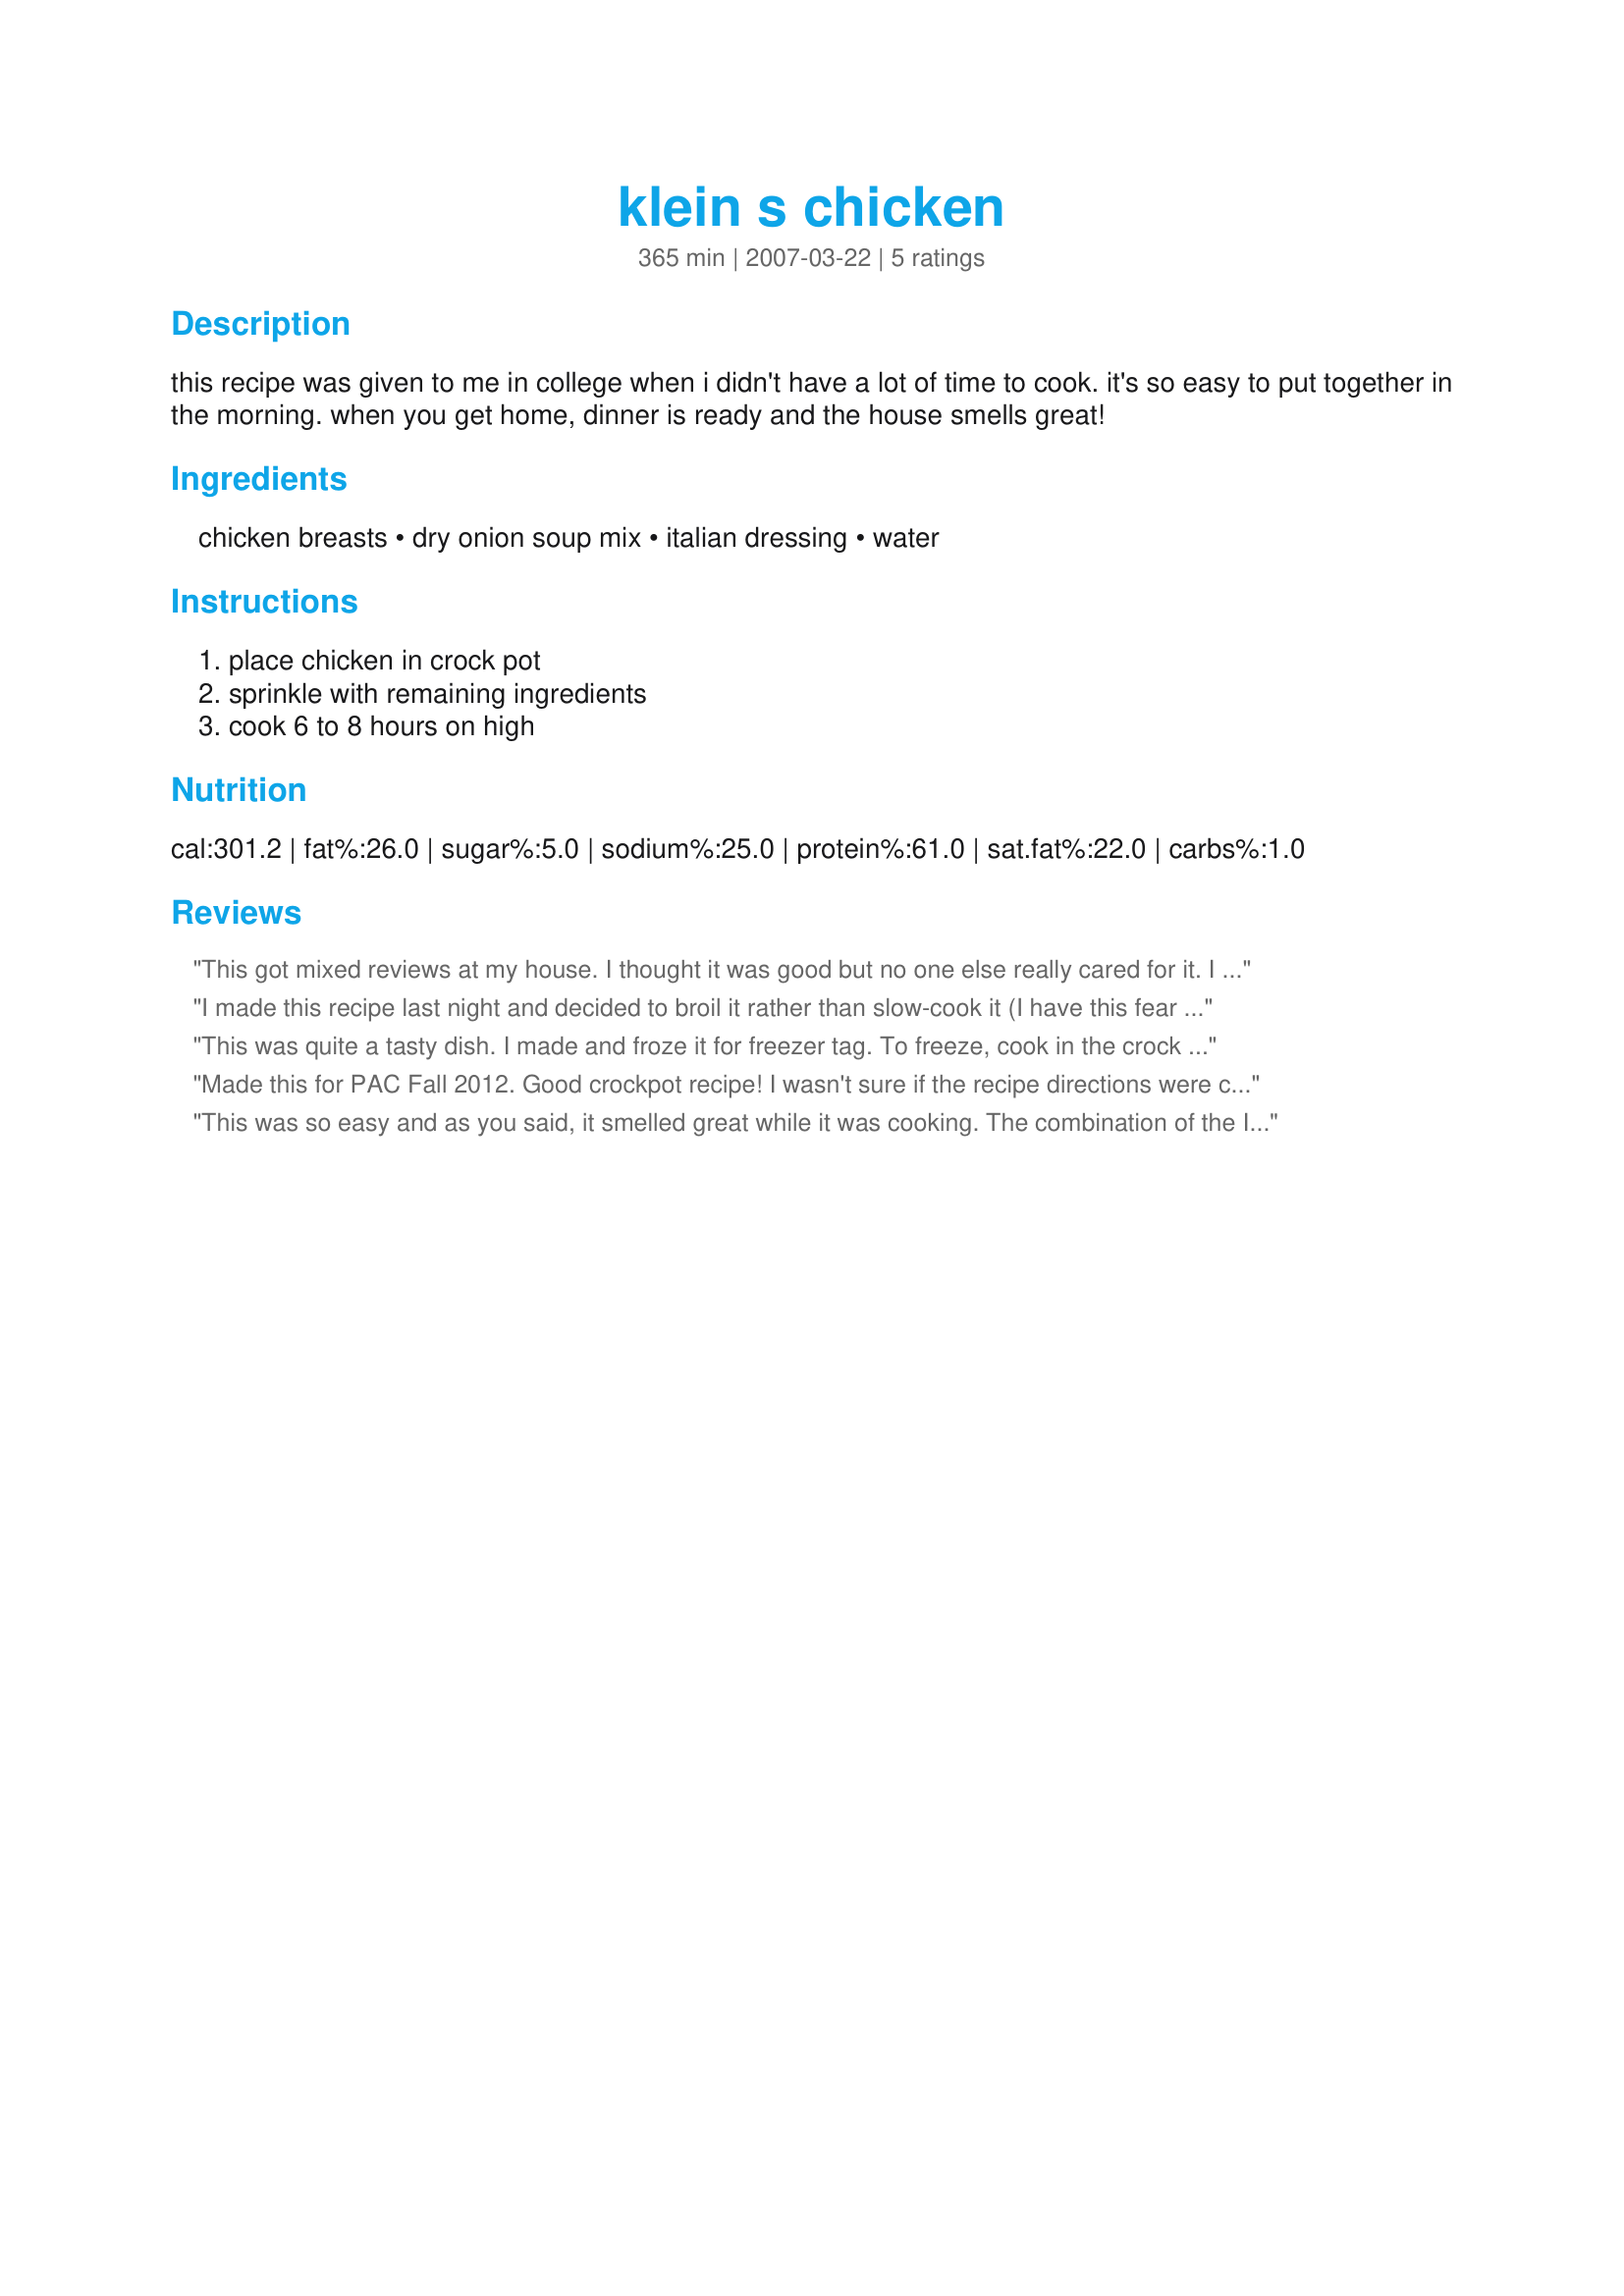
klein s chicken
Preparation time: 365 minutes

this recipe was given to me in college when i didn't have a lot of time to cook. it's so easy to put together in the morning. when you get home, dinner is ready and the house smells great!

Ingredients:
chicken breasts, dry onion soup mix, italian dressing, water

Steps:
place chicken in crock pot, sprinkle with remaining ingredients, cook 6 to 8 hours on high

Reviews:
This got mixed reviews at my house. I thought it was good but no one else really cared for it. I followed the recipe other then I used legs and thighs and I cooked mine on low for four hours. Hubby didn't think it had much of a taste to it. I did think it tasted better in a casserole the next day.
I made this recipe last night and decided to broil it rather than slow-cook it (I have this fear of burning down the house when using such appliances). Anyhow, I TENDERIZED the chicken, dumped the ingredients into a Ziplock bag and marinated it for a few hours. With the broiler on high I cooked them 7 minutes on each side. They were very juicy and tender. So simple! Simplicity is a huge factor in deciding whether or not to add dishes to my "rotation". I was able to get dinner on the table in less than a half hour - pretty good considering I have a 2.5 yr old and 3 month old demanding attention. This one made the cut. Thanks for sharing
This was quite a tasty dish. I made and froze it for freezer tag. To freeze, cook in the crock pot as directed. Once chicken and sauce are reasonably cooled, transfer into a quart-sized freezer bag (use a gallon bag if in doubt). Release as much air as possible, label bag, and freeze flat for maximum storage space. I didnt know how best to reheat without drying out the chicken, so I cut the chicken up into chunks and cooked in a medium casserole dish in the microwave for about 5 minutes. Next time I will try reheating in the oven and see if there are any problems with the chicken getting dry. To complete the meal, I suggest serving with Recipe #133448 and Recipe #141437. Will definitely be making again!
Made this for PAC Fall 2012. Good crockpot recipe! I wasn't sure if the recipe directions were correct as I read 6 hours on HIGH. I knew that wouldn't work for my crockpot so I put mine on low and got great results. Loved the leftovers in a chicken casserole and sandwiches. It's a keeper!
This was so easy and as you said, it smelled great while it was cooking. The combination of the Italian dressing and the onion soup mix made a very good sauce. Thanks for sharing.
